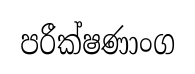
පරීක්ෂණාංග